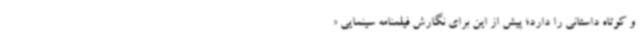
و کوتاه داستانی را دارد؛ پیش از این برای نگارش فیلمنامه سینمایی «